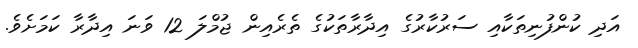
އަދި ކުންފުނިތަކާއި ސަރުކާރުގެ އިދާރާތަކުގެ ތެރެއިން ޖުމްލަ 12 ވަނަ އިދާރާ ކަމަށެވެ.